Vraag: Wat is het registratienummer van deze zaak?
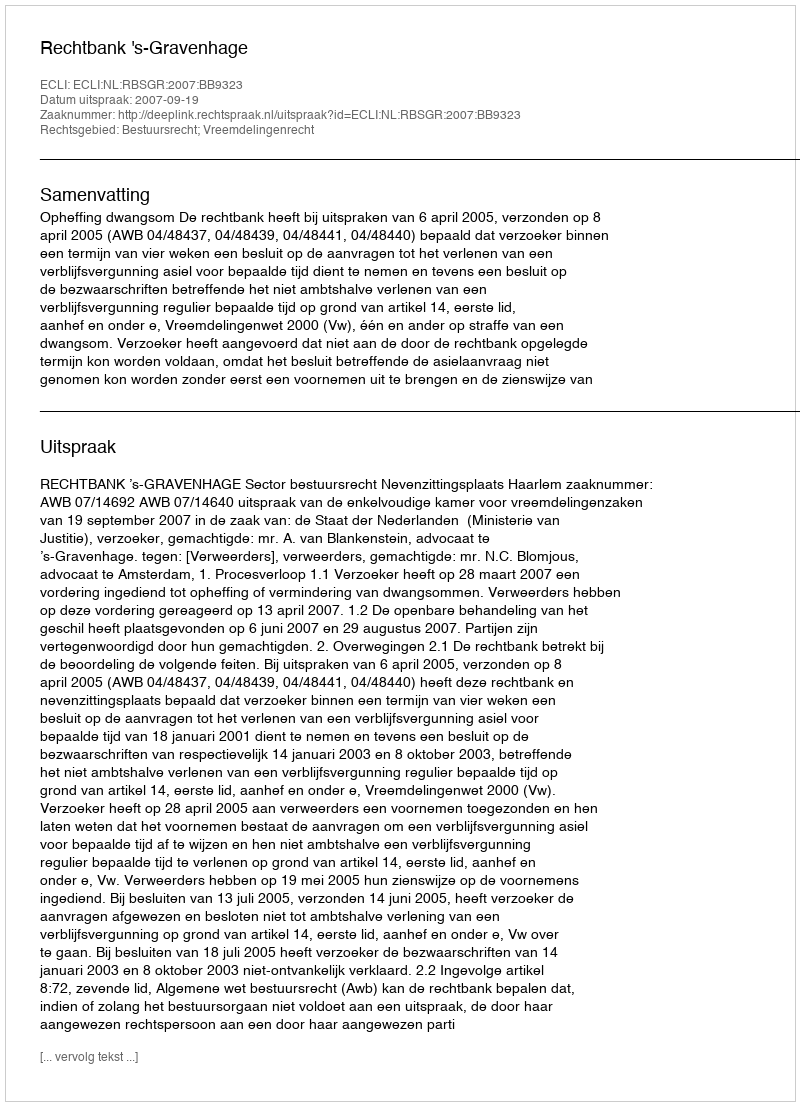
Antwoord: http://deeplink.rechtspraak.nl/uitspraak?id=ECLI:NL:RBSGR:2007:BB9323